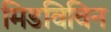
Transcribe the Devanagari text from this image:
मिडविविन